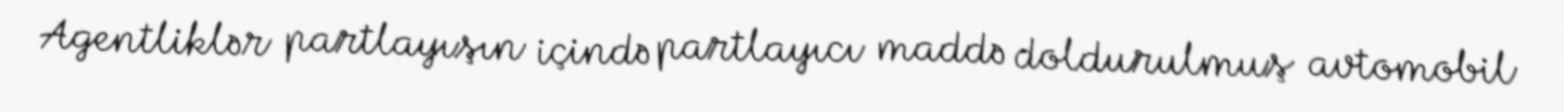
Agentliklər partlayışın içində partlayıcı maddə doldurulmuş avtomobil